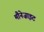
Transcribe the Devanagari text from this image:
मौनेज़ाइट